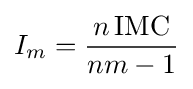
I_{m}={\frac {n\operatorname {IMC} }{nm-1}}